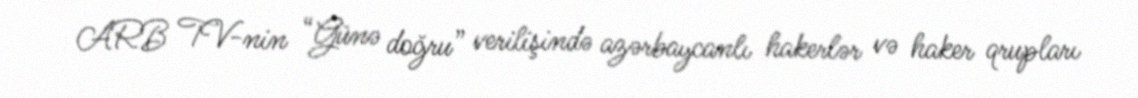
ARB TV-nin “Günə doğru” verilişində azərbaycanlı hakerlər və haker qrupları